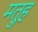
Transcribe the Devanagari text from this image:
मत्रुह